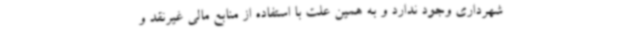
شهرداری وجود ندارد و به همین علت با استفاده از منابع مالی غیرنقد و